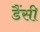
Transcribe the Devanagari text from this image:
डैंसी